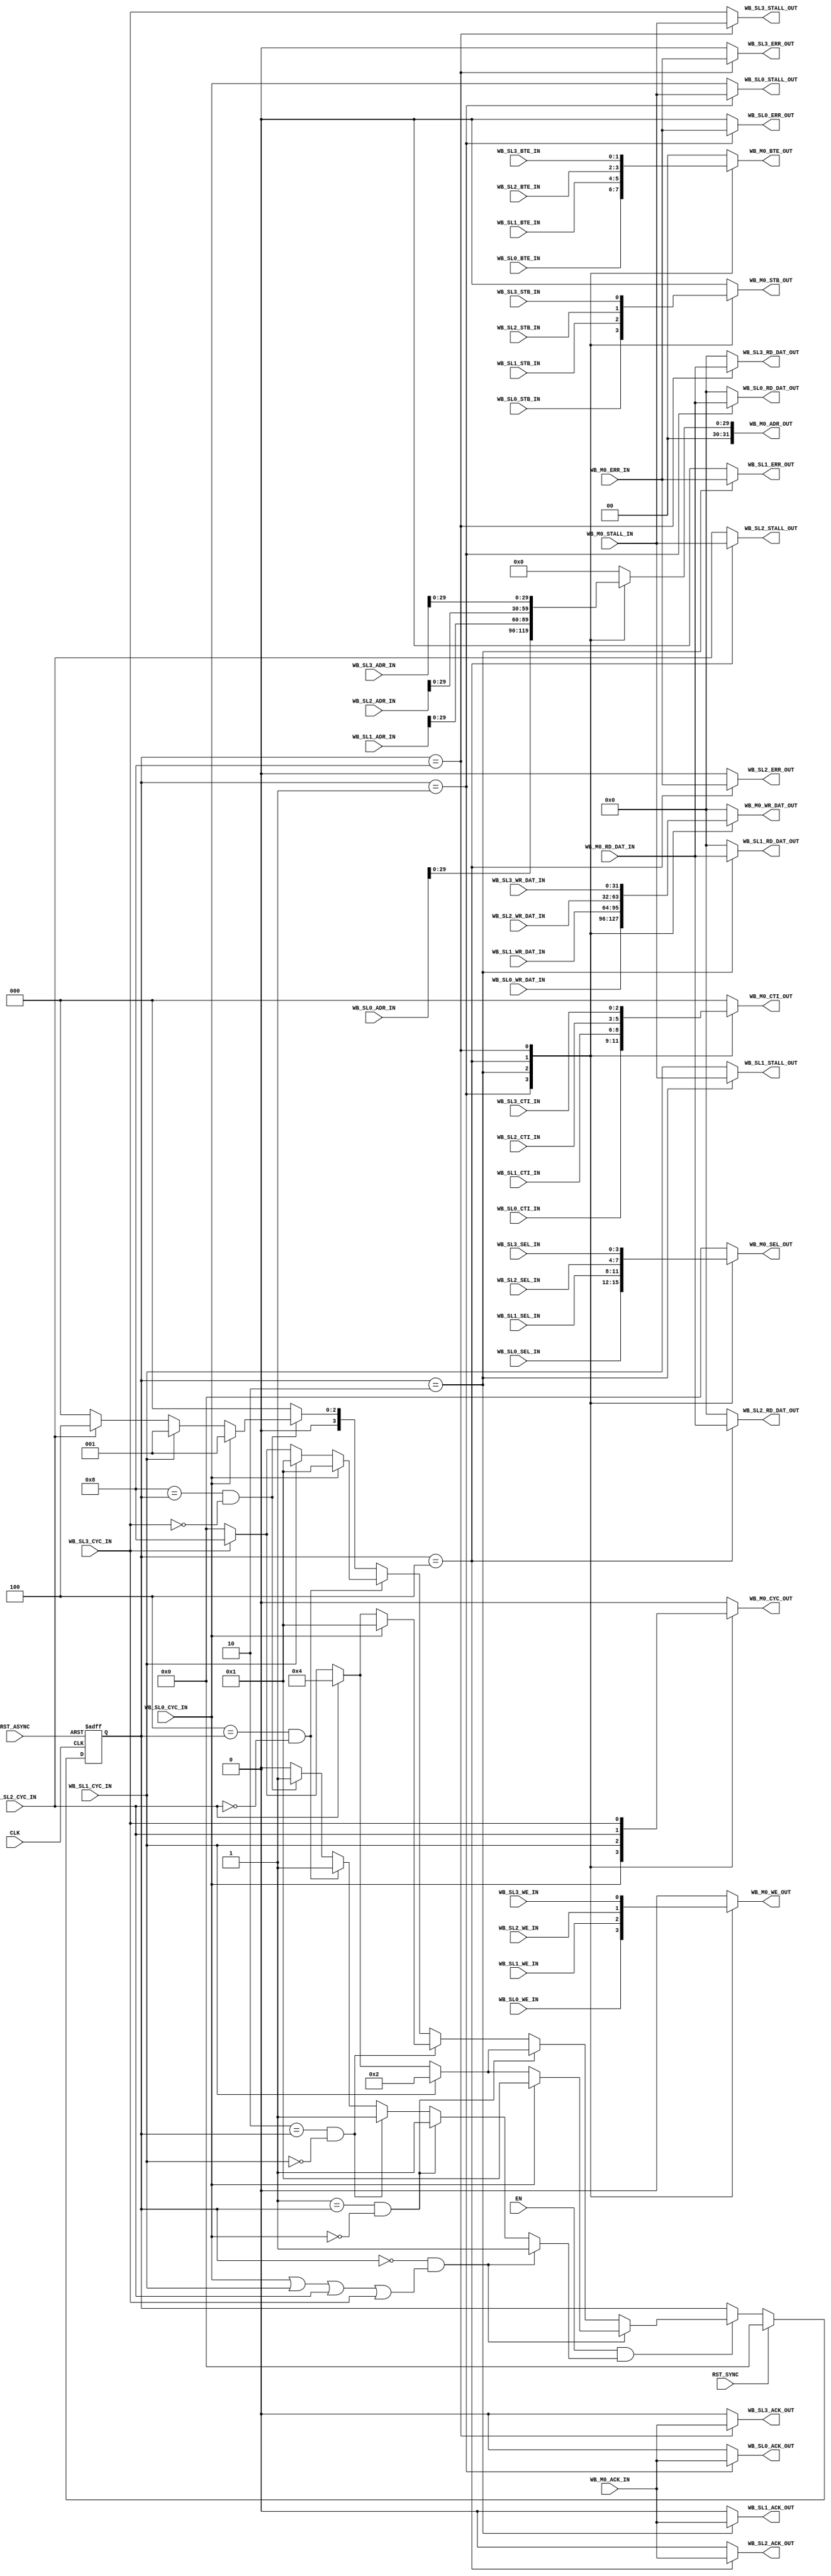
module WB_ARB_4M_1S
   (
    // Clocks and resets
    input          CLK          ,
    input          EN           ,
    input          RST_SYNC     , 
    input          RST_ASYNC    , 

    // Wishbone SLAVE interface (connect to WB MASTER)
    input   [31:0] WB_SL0_ADR_IN     ,
    input          WB_SL0_CYC_IN     ,
    input          WB_SL0_STB_IN     ,
    input          WB_SL0_WE_IN      ,
    input   [ 3:0] WB_SL0_SEL_IN     ,
    input   [ 2:0] WB_SL0_CTI_IN     ,
    input   [ 1:0] WB_SL0_BTE_IN     ,

    output         WB_SL0_STALL_OUT  ,
    output         WB_SL0_ACK_OUT    ,
    output         WB_SL0_ERR_OUT    ,

    output  [31:0] WB_SL0_RD_DAT_OUT ,
    input   [31:0] WB_SL0_WR_DAT_IN  ,

    // Wishbone SLAVE interface (connect to WB MASTER)
    input   [31:0] WB_SL1_ADR_IN     ,
    input          WB_SL1_CYC_IN     ,
    input          WB_SL1_STB_IN     ,
    input          WB_SL1_WE_IN      ,
    input   [ 3:0] WB_SL1_SEL_IN     ,
    input   [ 2:0] WB_SL1_CTI_IN     , 
    input   [ 1:0] WB_SL1_BTE_IN     ,

    output         WB_SL1_STALL_OUT  ,
    output         WB_SL1_ACK_OUT    ,
    output         WB_SL1_ERR_OUT    ,

    output  [31:0] WB_SL1_RD_DAT_OUT ,
    input   [31:0] WB_SL1_WR_DAT_IN  ,

    // Wishbone SLAVE interface (connect to WB MASTER)
    input   [31:0] WB_SL2_ADR_IN     ,
    input          WB_SL2_CYC_IN     ,
    input          WB_SL2_STB_IN     ,
    input          WB_SL2_WE_IN      ,
    input   [ 3:0] WB_SL2_SEL_IN     ,
    input   [ 2:0] WB_SL2_CTI_IN     ,
    input   [ 1:0] WB_SL2_BTE_IN     ,

    output         WB_SL2_STALL_OUT  ,
    output         WB_SL2_ACK_OUT    ,
    output         WB_SL2_ERR_OUT    ,

    output  [31:0] WB_SL2_RD_DAT_OUT ,
    input   [31:0] WB_SL2_WR_DAT_IN  ,

    // Wishbone SLAVE interface (connect to WB MASTER)
    input   [31:0] WB_SL3_ADR_IN     ,
    input          WB_SL3_CYC_IN     ,
    input          WB_SL3_STB_IN     ,
    input          WB_SL3_WE_IN      ,
    input   [ 3:0] WB_SL3_SEL_IN     ,
    input   [ 2:0] WB_SL3_CTI_IN     ,
    input   [ 1:0] WB_SL3_BTE_IN     ,

    output         WB_SL3_STALL_OUT  ,
    output         WB_SL3_ACK_OUT    ,
    output         WB_SL3_ERR_OUT    ,

    output  [31:0] WB_SL3_RD_DAT_OUT ,
    input   [31:0] WB_SL3_WR_DAT_IN  ,

    // Wishbone MASTER interface (connect to WB SLAVE)
    output  [31:0] WB_M0_ADR_OUT     ,
    output         WB_M0_CYC_OUT     ,
    output         WB_M0_STB_OUT     ,
    output         WB_M0_WE_OUT      ,
    output  [ 3:0] WB_M0_SEL_OUT     ,
    output  [ 2:0] WB_M0_CTI_OUT     ,
    output  [ 1:0] WB_M0_BTE_OUT     ,

    input          WB_M0_STALL_IN    ,
    input          WB_M0_ACK_IN      ,
    input          WB_M0_ERR_IN      ,

    input   [31:0] WB_M0_RD_DAT_IN   ,
    output  [31:0] WB_M0_WR_DAT_OUT 
    );

   // wires / regs
   reg  [3:0] 	   WbArbGnt      ; 
   reg  [3:0] 	   WbArbGntReg   ;
   reg   	   WbArbGntRegEn ;


   // Currently granted Wishbone Master signals
   // Master to Slave
   reg [31:2] 	   WbAdr       ;
   reg 		   WbCyc       ;
   reg 		   WbStb       ;
   reg 		   WbWe        ;
   reg [ 3:0] 	   WbSel       ;
   reg [ 2:0] 	   WbCti       ;
   reg [ 1:0] 	   WbBte       ;
   reg [31:0] 	   WbWrDat     ;

   // Slave to Master
   reg 		   WbStall     ;
   reg 		   WbAck       ;
   reg 		   WbErr       ;
   reg [31:0] 	   WbRdDat     ;

   // External assigns

   // Demux the WB Slaves connected
   assign WB_M0_ADR_OUT     = WbAdr   ;
   assign WB_M0_CYC_OUT     = WbCyc   ;
   assign WB_M0_STB_OUT     = WbStb   ;
   assign WB_M0_WE_OUT      = WbWe    ;
   assign WB_M0_SEL_OUT     = WbSel   ;
   assign WB_M0_CTI_OUT     = WbCti   ;
   assign WB_M0_BTE_OUT     = WbBte   ;
   assign WB_M0_WR_DAT_OUT  = WbWrDat ;

   // Return the WB Slave to Master signals.
   // The STALL output is equivalent to the GNT from an arbiter. It is set as follows:
   // - For the selected master, the STALL comes from the slave.
   // - For the un-selected master, or no-one has been selected, the STALL comes back from the incoming CYC
   assign WB_SL0_STALL_OUT  = (WbArbGntReg == 4'b0001) ? WB_M0_STALL_IN   : WB_SL0_CYC_IN ;
   assign WB_SL0_ACK_OUT    = (WbArbGntReg == 4'b0001) ? WB_M0_ACK_IN     : 1'b0 ;
   assign WB_SL0_ERR_OUT    = (WbArbGntReg == 4'b0001) ? WB_M0_ERR_IN     : 1'b0 ;
   assign WB_SL0_RD_DAT_OUT = (WbArbGntReg == 4'b0001) ? WB_M0_RD_DAT_IN  : 32'h0000_0000 ;

   assign WB_SL1_STALL_OUT  = (WbArbGntReg == 4'b0010) ? WB_M0_STALL_IN   : WB_SL1_CYC_IN ;
   assign WB_SL1_ACK_OUT    = (WbArbGntReg == 4'b0010) ? WB_M0_ACK_IN     : 1'b0 ;
   assign WB_SL1_ERR_OUT    = (WbArbGntReg == 4'b0010) ? WB_M0_ERR_IN     : 1'b0 ;
   assign WB_SL1_RD_DAT_OUT = (WbArbGntReg == 4'b0010) ? WB_M0_RD_DAT_IN  : 32'h0000_0000 ;

   assign WB_SL2_STALL_OUT  = (WbArbGntReg == 4'b0100) ? WB_M0_STALL_IN   : WB_SL2_CYC_IN ;
   assign WB_SL2_ACK_OUT    = (WbArbGntReg == 4'b0100) ? WB_M0_ACK_IN     : 1'b0 ;
   assign WB_SL2_ERR_OUT    = (WbArbGntReg == 4'b0100) ? WB_M0_ERR_IN     : 1'b0 ;
   assign WB_SL2_RD_DAT_OUT = (WbArbGntReg == 4'b0100) ? WB_M0_RD_DAT_IN  : 32'h0000_0000 ;

   assign WB_SL3_STALL_OUT  = (WbArbGntReg == 4'b1000) ? WB_M0_STALL_IN   : WB_SL3_CYC_IN ;
   assign WB_SL3_ACK_OUT    = (WbArbGntReg == 4'b1000) ? WB_M0_ACK_IN     : 1'b0 ;
   assign WB_SL3_ERR_OUT    = (WbArbGntReg == 4'b1000) ? WB_M0_ERR_IN     : 1'b0 ;
   assign WB_SL3_RD_DAT_OUT = (WbArbGntReg == 4'b1000) ? WB_M0_RD_DAT_IN  : 32'h0000_0000 ;


   // Decode who is going to be granted the bus access. The CYC input is used as an arbiter
   // request line from the master
   always @*
   begin : GNT_DECODE

      // By default, keep the current settings
      WbArbGntRegEn = 1'b0;
      WbArbGnt      = 4'b0000;

      // No-one is currently granted, and at least one request comes in.
      // => simple, just grant the highest priority master.
      if ((4'b0000 == WbArbGntReg) 
          && (WB_SL0_CYC_IN || WB_SL1_CYC_IN  || WB_SL2_CYC_IN || WB_SL3_CYC_IN))
      begin
	 // Need to change grant value
	 WbArbGntRegEn = 1'b1;
	 // Choose the highest priority master
	 if (WB_SL0_CYC_IN)
	 begin
	    WbArbGnt = 4'b0001;
	 end
	 else if (WB_SL1_CYC_IN)
	 begin
	    WbArbGnt = 4'b0010;
	 end
	 else if (WB_SL2_CYC_IN)
	 begin
	    WbArbGnt = 4'b0100;
	 end
	 else if (WB_SL3_CYC_IN)
	 begin
	    WbArbGnt = 4'b1000;
	 end
      end

      // Master 0 currently selected, but not requesting
      else if ((4'b0001 == WbArbGntReg) && !WB_SL0_CYC_IN)
      begin
	 WbArbGntRegEn = 1'b1;
	 if (WB_SL1_CYC_IN)
	 begin
	    WbArbGnt = 4'b0010;
	 end
	 else if (WB_SL2_CYC_IN)
	 begin
	    WbArbGnt = 4'b0100;
	 end
	 else if (WB_SL3_CYC_IN)
	 begin
	    WbArbGnt = 4'b1000;
	 end
	 else
	 begin
	    WbArbGnt = 4'b0000;
	 end
      end

      // Master 1 currently selected, but not requesting any more
      else if ((4'b0010 == WbArbGntReg) && !WB_SL1_CYC_IN)
      begin
	 WbArbGntRegEn = 1'b1;
	 if (WB_SL0_CYC_IN)
	 begin
	    WbArbGnt = 4'b0001;
	 end
	 else if (WB_SL2_CYC_IN)
	 begin
	    WbArbGnt = 4'b0100;
	 end
	 else if (WB_SL3_CYC_IN)
	 begin
	    WbArbGnt = 4'b1000;
	 end
	 else
	 begin
	    WbArbGnt = 4'b0000;
	 end
      end

      // Master 2 currently selected, but not requesting any more
      else if ((4'b0100 == WbArbGntReg) && !WB_SL2_CYC_IN)
      begin
	 WbArbGntRegEn = 1'b1;
	 if (WB_SL0_CYC_IN)
	 begin
	    WbArbGnt = 4'b0001;
	 end
	 else if (WB_SL1_CYC_IN)
	 begin
	    WbArbGnt = 4'b0001;
	 end
	 else if (WB_SL3_CYC_IN)
	 begin
	    WbArbGnt = 4'b1000;
	 end
	 else
	 begin
	    WbArbGnt = 4'b0000;
	 end
      end

      // Master 3 currently selected, but not requesting any more
      else if ((4'b1000 == WbArbGntReg) && !WB_SL3_CYC_IN)
      begin
	 WbArbGntRegEn = 1'b1;
	 if (WB_SL0_CYC_IN)
	 begin
	    WbArbGnt = 4'b0001;
	 end
	 else if (WB_SL1_CYC_IN)
	 begin
	    WbArbGnt = 4'b0001;
	 end
	 else if (WB_SL2_CYC_IN)
	 begin
	    WbArbGnt = 4'b0100;
	 end
	 else
	 begin
	    WbArbGnt = 4'b0000;
	 end
      end
   end
   
    // Register the Grant signal back to WB Masters
    always @(posedge CLK or posedge RST_ASYNC)
    begin : GNT_REG
       if (RST_ASYNC)
       begin
 	 WbArbGntReg <= 4'b0000;
       end
       else if (RST_SYNC)
       begin
 	 WbArbGntReg <= 4'b0000;
       end
       else if (EN && WbArbGntRegEn)
       begin
 	 WbArbGntReg <= WbArbGnt;
       end
    end

   // Mux the MAster -> Slave signals according to which master was granted
   always @(*)
   begin : MASTER_TO_SLAVE_MUX
      
      WbAdr    = 32'h0000_0000;
      WbCyc    = 1'b0;
      WbStb    = 1'b0;
      WbWe     = 1'b0;
      WbSel    = 4'b0000;
      WbCti    = 4'b0000;
      WbBte    = 2'b00;
      WbWrDat  = 32'h0000_0000;
      
      case (WbArbGntReg)
	4'b0001 :
	   begin
	      WbAdr    = WB_SL0_ADR_IN     ;
	      WbCyc    = WB_SL0_CYC_IN     ;
	      WbStb    = WB_SL0_STB_IN     ;
	      WbWe     = WB_SL0_WE_IN      ;
	      WbSel    = WB_SL0_SEL_IN     ;
	      WbCti    = WB_SL0_CTI_IN     ;
	      WbBte    = WB_SL0_BTE_IN     ;
	      WbWrDat  = WB_SL0_WR_DAT_IN  ;
	   end	
	4'b0010 :
	   begin
	      WbAdr    = WB_SL1_ADR_IN     ;
	      WbCyc    = WB_SL1_CYC_IN     ;
	      WbStb    = WB_SL1_STB_IN     ;
	      WbWe     = WB_SL1_WE_IN      ;
	      WbSel    = WB_SL1_SEL_IN     ;
	      WbCti    = WB_SL1_CTI_IN     ;
	      WbBte    = WB_SL1_BTE_IN     ;
	      WbWrDat  = WB_SL1_WR_DAT_IN  ;
	   end
	4'b0100 :
	   begin
	      WbAdr    = WB_SL2_ADR_IN     ;
	      WbCyc    = WB_SL2_CYC_IN     ;
	      WbStb    = WB_SL2_STB_IN     ;
	      WbWe     = WB_SL2_WE_IN      ;
	      WbSel    = WB_SL2_SEL_IN     ;
	      WbCti    = WB_SL2_CTI_IN     ;
	      WbBte    = WB_SL2_BTE_IN     ;
	      WbWrDat  = WB_SL2_WR_DAT_IN  ;
	   end
	4'b1000 :
	   begin
	      WbAdr    = WB_SL3_ADR_IN     ;
	      WbCyc    = WB_SL3_CYC_IN     ;
	      WbStb    = WB_SL3_STB_IN     ;
	      WbWe     = WB_SL3_WE_IN      ;
	      WbSel    = WB_SL3_SEL_IN     ;
	      WbCti    = WB_SL3_CTI_IN     ;
	      WbBte    = WB_SL3_BTE_IN     ;
	      WbWrDat  = WB_SL3_WR_DAT_IN  ;
	   end
      endcase // case (WbArbGnt)
   end
   
endmodule